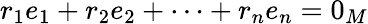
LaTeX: r_{1}e_{1}+r_{2}e_{2}+\cdots+r_{n}e_{n}=0_{M}